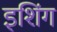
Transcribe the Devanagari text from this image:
इशिंग